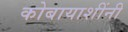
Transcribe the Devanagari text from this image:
कोबायाशींनी